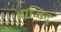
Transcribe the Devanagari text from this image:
बाजिद